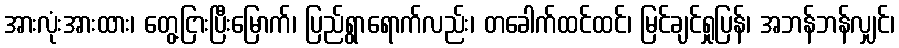
အားလုံးအားထား၊ တွေ့ငြားပြီးမြောက်၊ ပြည်ရွာရောက်လည်း၊ တခေါက်ထင်ထင်၊ မြင်ချင်ရှုပြန်၊ အဘန်ဘန်လျှင်၊